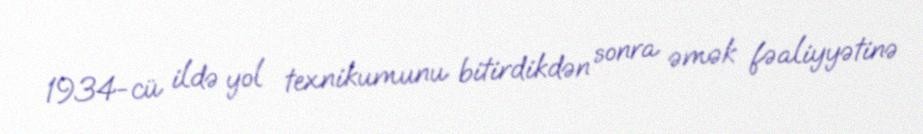
1934-cü ildə yol texnikumunu bitirdikdən sonra əmək fəaliyyətinə